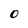
Character: 0